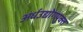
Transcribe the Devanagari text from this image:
अर्धउद्योगयुक्त